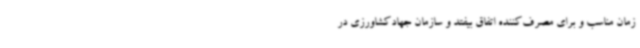
زمان مناسب و برای مصرف‌کننده اتفاق بیفتد و سازمان جهادکشاورزی در